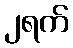
၂ရက်